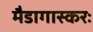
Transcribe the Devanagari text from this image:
मैडागास्करः